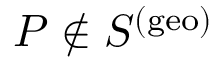
P \notin S ^ { ( \mathrm { g e o } ) }